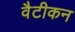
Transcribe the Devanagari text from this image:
वैटीकन